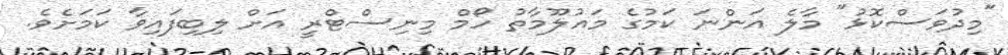
"މިދުވަސްކޮޅު" މާލެ އަންނަ ކަމުގެ މައުލޫމާތު ހޯމް މިނިސްޓްރީ އަށް ލިބިފައިވާ ކަމަށެވެ.